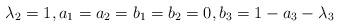
LaTeX: \begin{align*} \lambda_2=1, a_1=a_2=b_1=b_2=0, b_3=1-a_3-\lambda_3\end{align*}